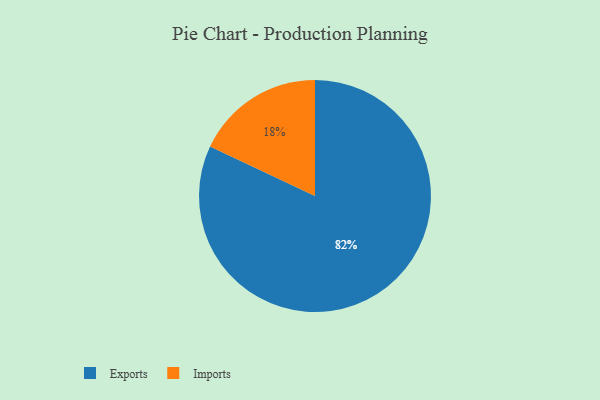
{"axis": {"x": "Category", "y": "Percentage"}, "legend": ["Exports", "Imports"], "data": [{"x": "Exports", "y": 82, "type": "Exports"}, {"x": "Imports", "y": 18, "type": "Imports"}]}